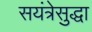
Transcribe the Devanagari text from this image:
सयंत्रेसुद्धा